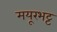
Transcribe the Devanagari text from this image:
मयूरभट्ट